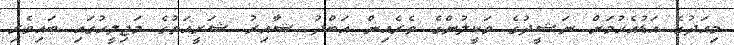
މިއަދުގެ އަޑުއެހުމަށް ނަޝީދުގެ ވަކީލުންގެ ތެރެއިން އަބްދު ޝާއިރު ޝަރީއަތުގެ މަޖިލީހުގައި ބައިވެރި